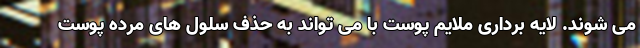
می شوند. لایه برداری ملایم پوست با می تواند به حذف سلول های مرده پوست